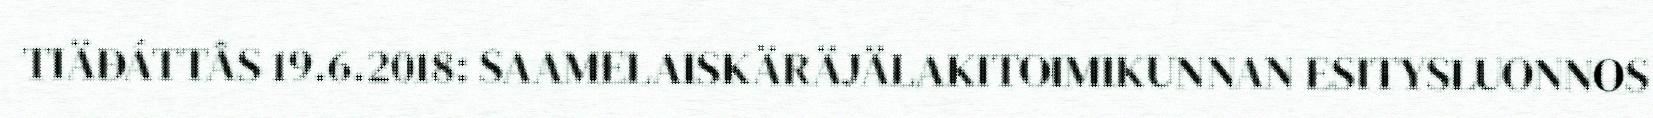
TIÄĐÁTTÂS 19.6.2018: SAAMELAISKÄRÄJÄLAKITOIMIKUNNAN ESITYSLUONNOS